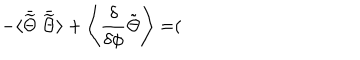
- \langle \bar { \widetilde { \Theta } } ~ \bar { \widetilde { \Theta } } \rangle + \left\langle { \frac { \delta } { \delta \phi } } \tilde { \Theta } \right\rangle = (